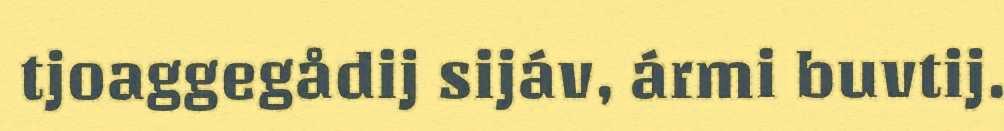
tjoaggegådij sijáv, ármi buvtij.